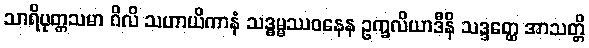
သာရိပုတ္တသမာ ဂိလိ သဟာယိကာနံ သဒ္ဓမ္မဿဝနေန ဥက္ခလိယာဒီနိ သဒ္ဒတ္ထေ အာသတ္တိ